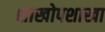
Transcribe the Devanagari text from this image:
शाखोपशाखा